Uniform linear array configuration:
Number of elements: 64
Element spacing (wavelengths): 1
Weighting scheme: binomial
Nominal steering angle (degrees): -15
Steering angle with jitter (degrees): -14.506
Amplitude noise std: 0.05
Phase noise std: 0.05

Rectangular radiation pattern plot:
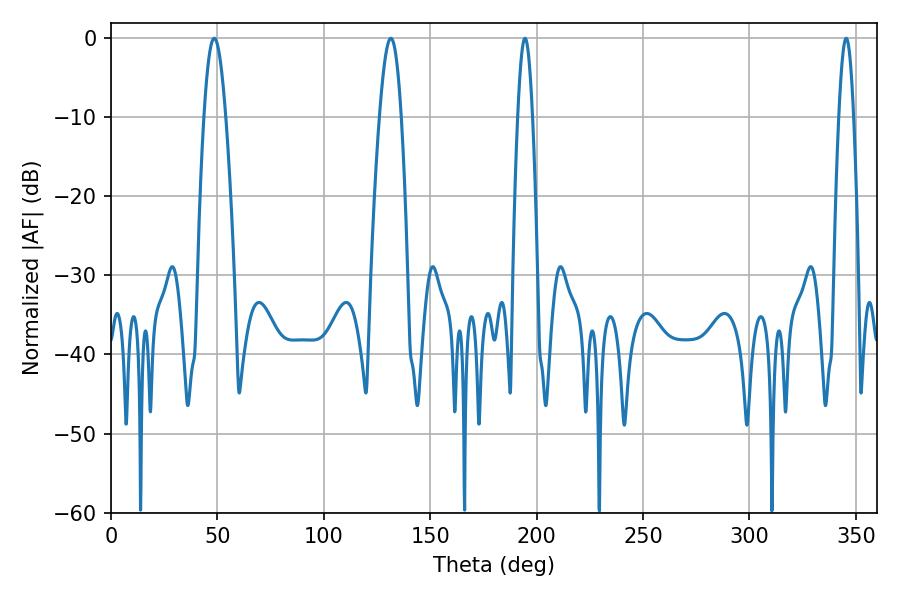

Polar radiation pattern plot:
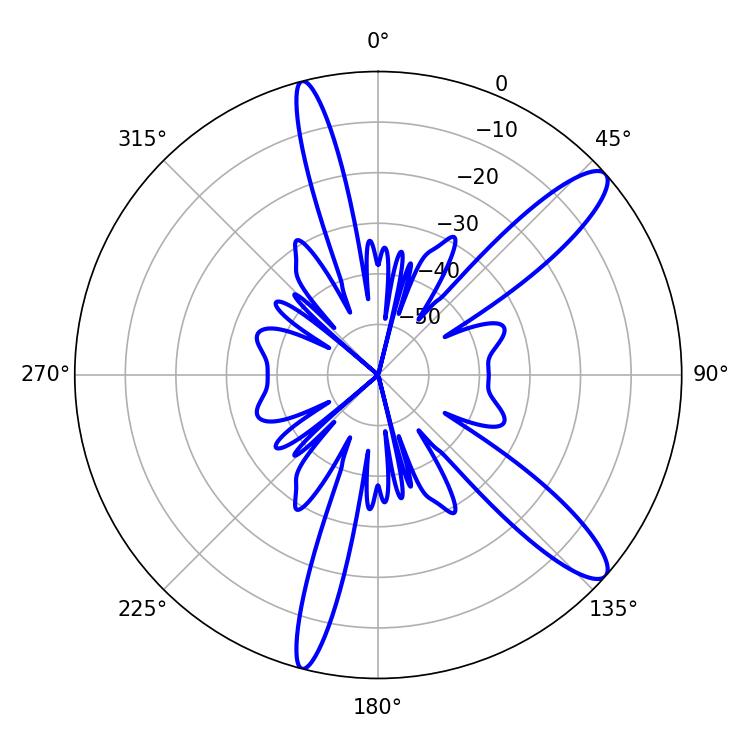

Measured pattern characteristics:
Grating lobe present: TRUE
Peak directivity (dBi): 12.145
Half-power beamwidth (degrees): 3.6
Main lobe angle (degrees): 345.42